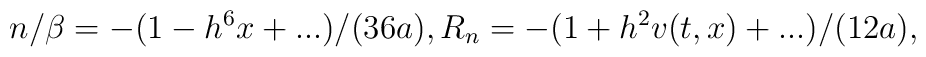
n/\beta=-(1-h^{6}x+...)/(36a), R_{n}=-(1+h^{2}v(t,x)+...)/(12a),